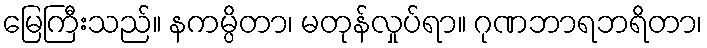
မြေကြီးသည်။ နကမ္ပိတာ၊ မတုန်လှုပ်ရာ။ ဂုဏဘာရဘရိတာ၊